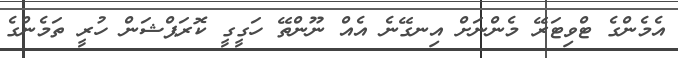
އެމެންގެ ޓްވިޓަރޭ މެންނަށް އިނގޭނެ އެއް ނޫންތޭ ހަގީގީ ކޮރަޕްޝަން ހުރީ ތަމެންގެ